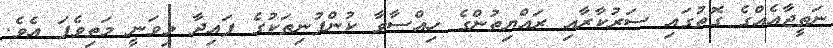
ނަތީޖާއެއްގެ ގޮތުގައި ސަރުކާރާއި ރައްޔިތުންގެ ހިއްސާވާ ކުންފުނިތަކުގެ ފައިދާ މިވަނީ މަތިވެފަ އެވެ.